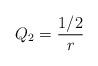
LaTeX: \begin{align*}Q_2=\frac{1/2}{ r}\end{align*}